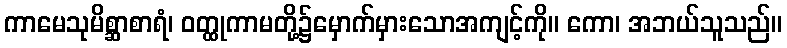
ကာမေသုမိစ္ဆာစာရံ၊ ဝတ္ထုကာမတို့၌မှောက်မှားသောအကျင့်ကို။ ကော၊ အဘယ်သူသည်။